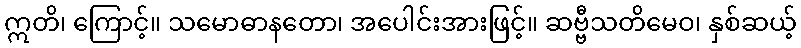
ဣတိ၊ ကြောင့်။ သမောဓာနတော၊ အပေါင်းအားဖြင့်။ ဆဗ္ဗီသတိမေဝ၊ နှစ်ဆယ့်